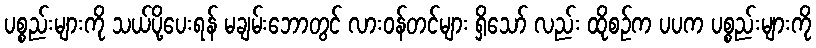
ပစ္စည်းများကို သယ်ပို့ပေးရန် မချမ်းဘောတွင် လားဝန်တင်များ ရှိသော် လည်း ထိုစဉ်က ပပက ပစ္စည်းများကို